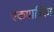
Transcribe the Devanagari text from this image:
एकपात्रिका